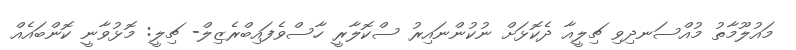
މައުލޫމާތު މުއްސަނދިވި ޗިލީއާ ދެކޮޅަށް ނުކުންނައިރު ސްކޮލާރީ ހާސްވެފައިބްރެޒިލް- ޗިލީ: މޮޅުވާނީ ކޮންބައެއް